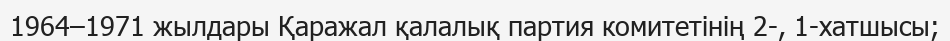
1964–1971 жылдары Қаражал қалалық партия комитетінің 2-, 1-хатшысы;